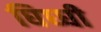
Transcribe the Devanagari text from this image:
घिघ्घी